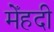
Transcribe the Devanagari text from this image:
मेँहदी